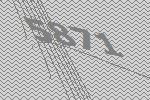
5871